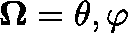
\mathbf { \Omega } = { \theta , \varphi }